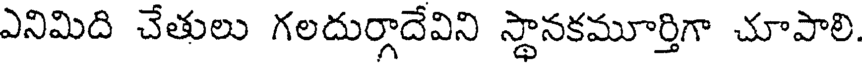
ఎనిమిది చేతులు గలదుర్గాదేవిని స్థానకమూర్తిగా చూపాలి.